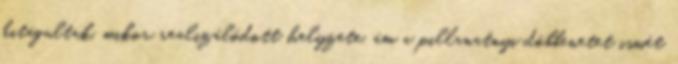
kitágultak, mikor realizálódott helyzete, ám a pillanatnyi döbbenetet ismét